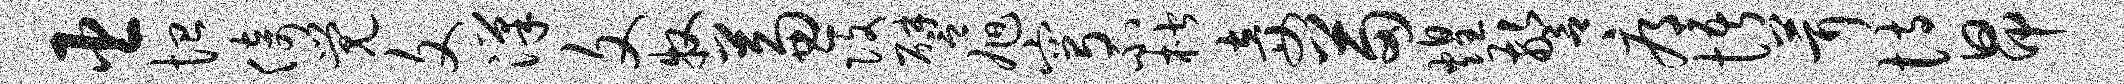
臣恤倚觉文汉文牧兼改譬旭穹不楷妾苗煌警辱悟茸恃昂